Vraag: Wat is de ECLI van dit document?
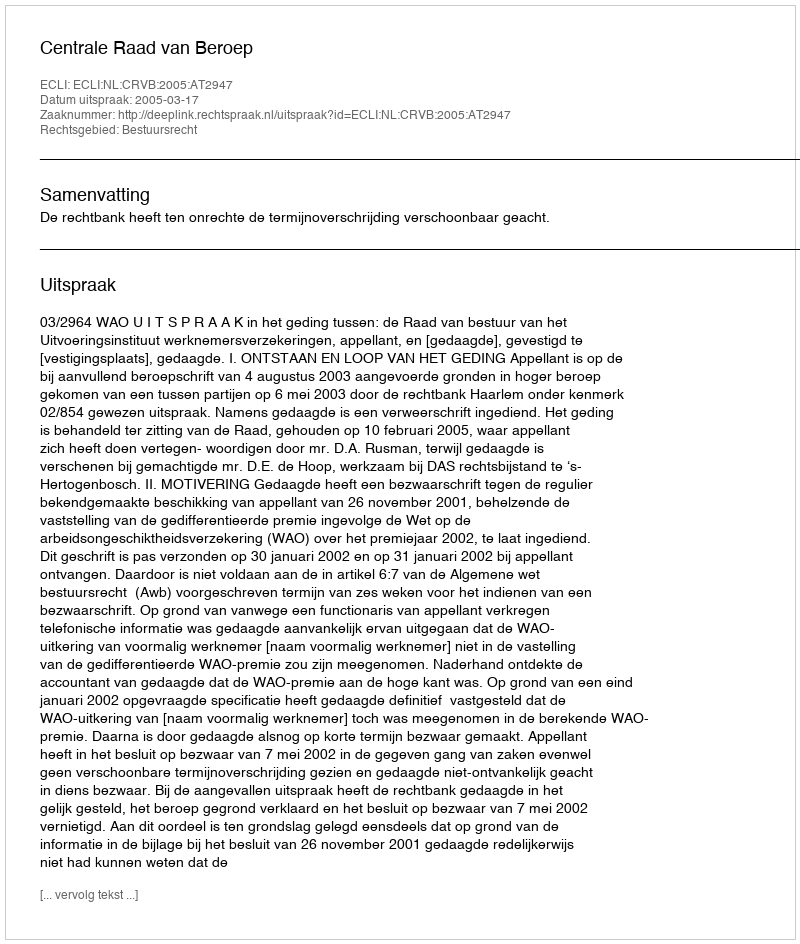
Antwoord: ECLI:NL:CRVB:2005:AT2947